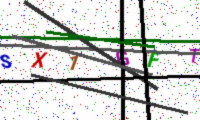
Text: SX1GFT